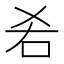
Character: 𠯌